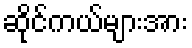
ဆိုင်ကယ်များအား